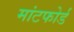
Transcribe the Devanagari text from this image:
मांटफोर्ड